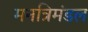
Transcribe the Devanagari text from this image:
मनत्रिमंडल